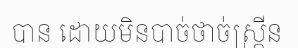
បាន ដោយមិនបាច់ថាច់ស្គ្រីន